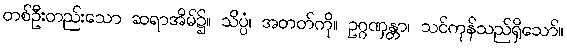
တစ်ဦးတည်းသော ဆရာအိမ်၌။ သိပ္ပံ၊ အတတ်ကို။ ဥဂ္ဂဏှန္တာ၊ သင်ကုန်သည်ရှိသော်။